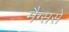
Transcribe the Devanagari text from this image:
मैग्ससे